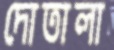
দোতালা